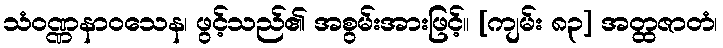
သံဝဏ္ဏနာဝသေန၊ ဖွင့်သည်၏ အစွမ်းအားဖြင့်။ [ကျမ်း ၈၃] အတ္ထဇာတံ၊